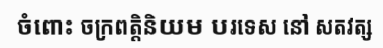
ចំពោះ ចក្រពត្តិនិយម បរទេស នៅ សតវត្ស